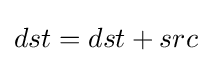
dst=dst+src